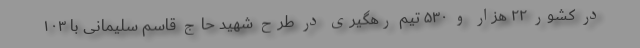
در کشور ۲۲ هزار و ۵۳۰ تیم رهگیری در طرح شهید حاج قاسم سلیمانی با ۱۰۳